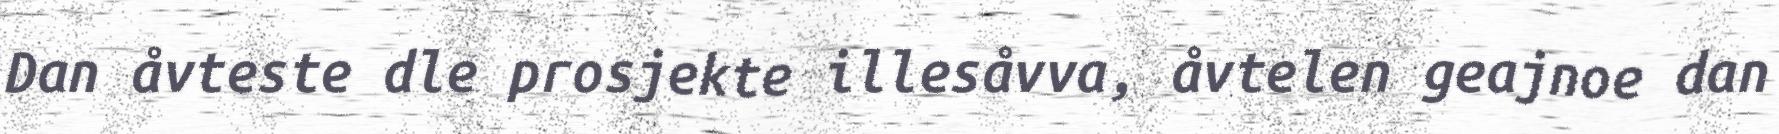
Dan åvteste dle prosjekte illesåvva, åvtelen geajnoe dan